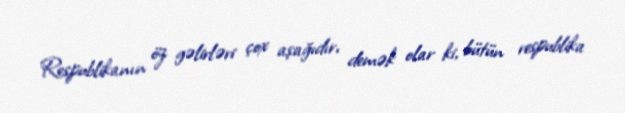
Respublikanın öz gəlirləri çox aşağıdır, demək olar ki, bütün respublika